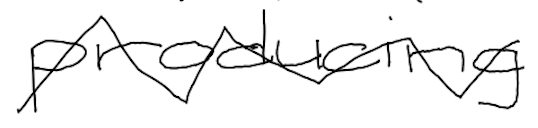
Text: producing
Cross-out: zig-zag
Writing tool: digital_black